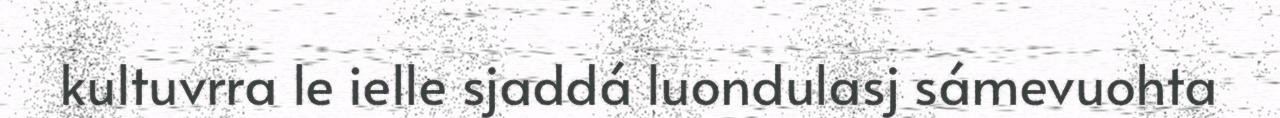
kultuvrra le ielle sjaddá luondulasj sámevuohta